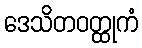
ဒေသိတဝတ္ထုကံ